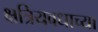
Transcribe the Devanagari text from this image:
क्षत्रियवधाच्या